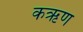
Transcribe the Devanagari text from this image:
कऋण